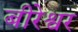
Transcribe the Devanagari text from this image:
बीरेश्वर